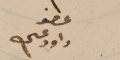
عضو داود عسى